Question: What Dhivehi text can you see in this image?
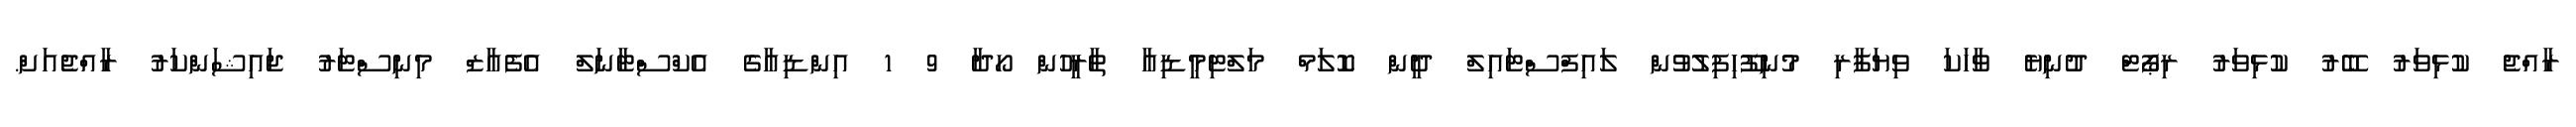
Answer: ރާއްޖެ ކުޅިވަރު ބޭރު ކުޅިވަރު ރިޕޯޓް ދުނިޔެ ވާހަކަ ވިޔަފާރި މުނިފޫހިފިލުވުން ލައިފްސްޓައިލް ދީން ކޮލަމް މަލްޓިމީޑިއާ ތާރީހުން ހޯދާ 9 1 އިންޑިއާގެ އެކްސްޓާނަލް އެފެއާޒް މިނިސްޓަރު ޖައިޝަންކަރު ރާއްޖެއަށް.